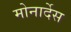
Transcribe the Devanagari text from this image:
मोनार्देस